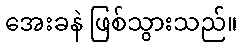
အေးခနဲ ဖြစ်သွားသည်။